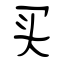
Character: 买